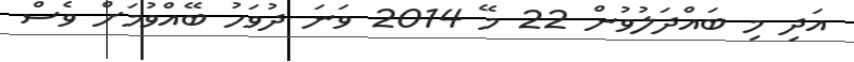
އަދި މި ބައްދަލުވުން 22 މޭ 2014 ވަނަ ދުވަހު ބޭއްވުމަށް ވެސް